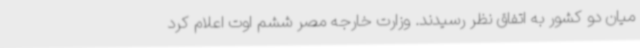
میان دو کشور به اتفاق نظر رسیدند. وزارت خارجه مصر ششم اوت اعلام کرد